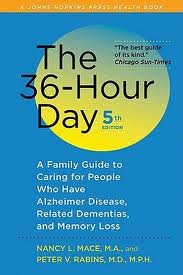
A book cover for The 36-Hour Day, fifth edition: The 36-Hour Day: A Family Guide to Caring for People Who Have Alzheimer Disease, Related Dementias, and Memory Loss (A Johns Hopkins Press Health Book) 5th (fifth) edition; Nancy L. Mace; Health, Fitness & Dieting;